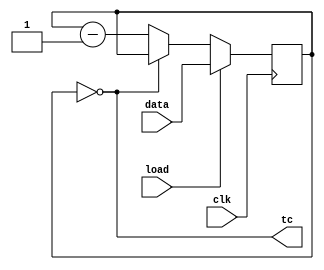
//2023_8_4 kerong
//1
module top_module(
	input clk, 
	input load, 
	input [9:0] data, 
	output tc
);

	reg [9:0] timer;
	always @(posedge clk) begin
		if(load)begin
			timer <= data;
		end
		else begin
			timer <= (!timer) ? timer : timer - 10'd1;
		end
	end

	assign tc = !timer;
	
endmodule